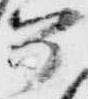
如